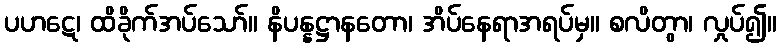
ပဟဋေ၊ ထိခိုက်အပ်သော်။ နိပန္နဋ္ဌာနတော၊ အိပ်နေရာအရပ်မှ။ စလိတွာ၊ လှုပ်၍။